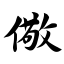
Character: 儆